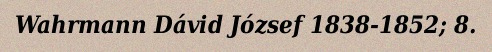
Wahrmann Dávid József 1838-1852; 8.